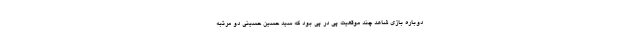
دوباره بازی شاهد چند موقعیت پی‌ در پی بود که سید حسین حسینی دو مرتبه